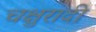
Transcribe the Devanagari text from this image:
चक्षुरादी